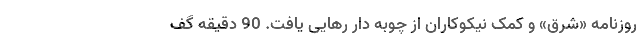
روزنامه «شرق» و کمک نیکوکاران از چوبه دار رهایی یافت. 90 دقیقه گف